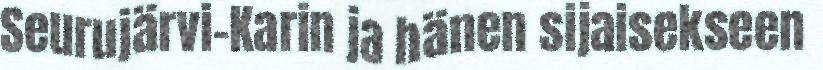
Seurujärvi-Karin ja hänen sijaisekseen